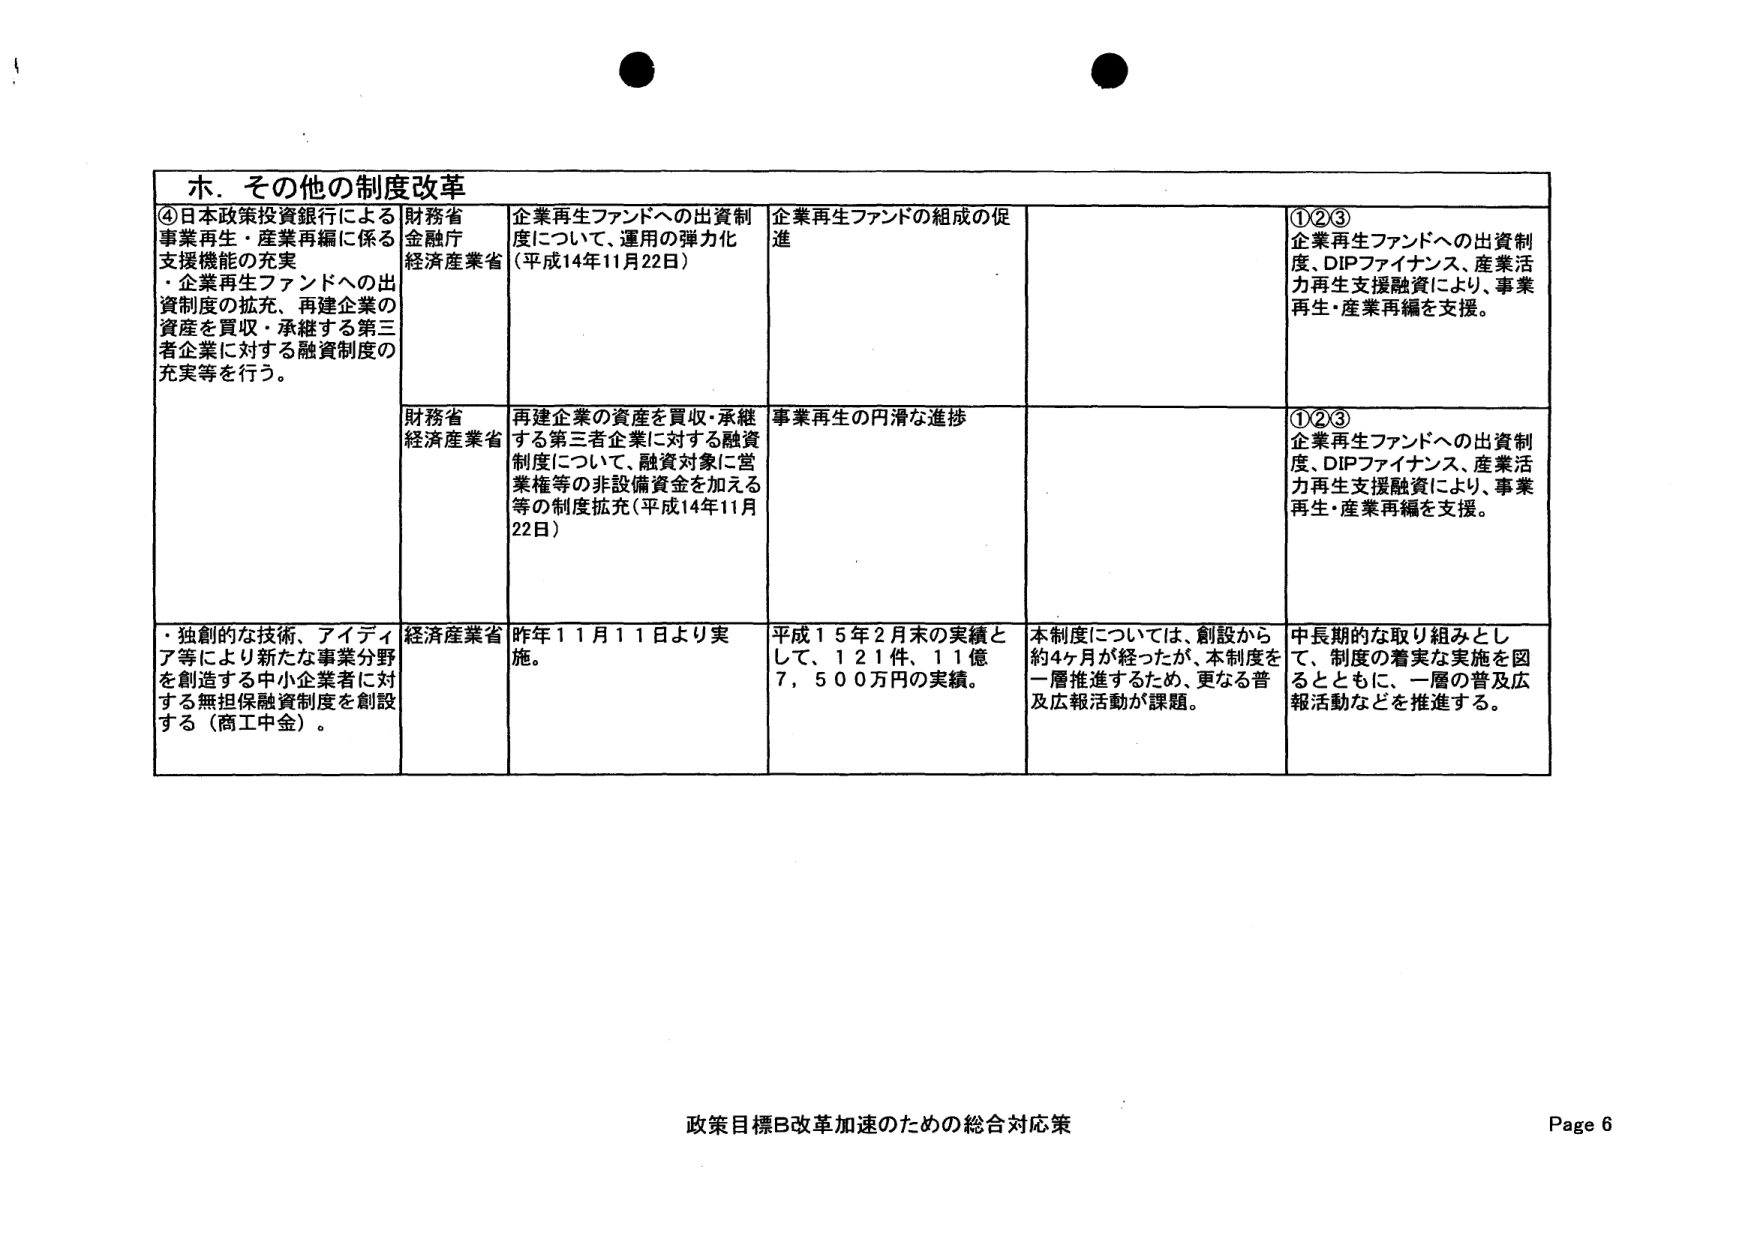
ホ．その他の制度改革

④日本政策投資銀行による事業再生・産業再編に係る支援機能の充実
・企業再生ファンドへの出資制度の拡充、再建企業の資産を買収・承継する第三者企業に対する融資制度の充実等を行う。

財務省
金融庁
経済産業省

企業再生ファンドへの出資制度について、運用の弾力化（平成14年11月22日）

企業再生ファンドの組成の促進

①②③
企業再生ファンドへの出資制度、DIPファイナンス、産業活力再生支援融資により、事業再生・産業再編を支援。

財務省
経済産業省

再建企業の資産を買収・承継する第三者企業に対する融資制度について、融資対象に営業権等の非設備資金を加える等の制度拡充（平成14年11月22日）

事業再生の円滑な進捗

①②③
企業再生ファンドへの出資制度、DIPファイナンス、産業活力再生支援融資により、事業再生・産業再編を支援。

・独創的な技術、アイディア等により新たな事業分野を創造する中小企業者に対する無担保融資制度を創設する（商工中金）。

経済産業省

昨年11月11日より実施。

平成15年2月末の実績として、121件、11億7,500万円の実績。

本制度については、創設から約4ヶ月が経ったが、本制度を一層推進するため、更なる普及広報活動が課題。

中長期的な取り組みとして、制度の着実な実施を図るとともに、一層の普及広報活動などを推進する。

政策目標B改革加速のための総合対応策
Page 6